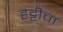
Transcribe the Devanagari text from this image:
हट्टीचा